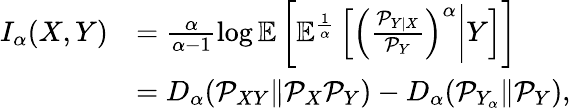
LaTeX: \begin{array}{rl}{I_{\alpha}(X,Y)}&{=\frac{\alpha}{\alpha-1}\log\mathbb{E}\left[\mathbb{E}^{\frac{1}{\alpha}}\left[\left(\frac{\mathcal{P}_{Y|X}}{\mathcal{P}_{Y}}\right)^{\alpha}\bigg|Y\right]\right]}\\ &{=D_{\alpha}(\mathcal{P}_{XY}\| \mathcal{P}_{X}\mathcal{P}_{Y})-D_{\alpha}(\mathcal{P}_{Y_{\alpha}}\| \mathcal{P}_{Y}),}\end{array}